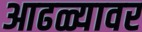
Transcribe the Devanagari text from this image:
आढळ्यावर